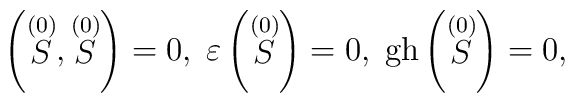
\left( \stackrel{(0)}{S},\stackrel{(0)}{S}\right) =0,\;\varepsilon \left( \stackrel{(0)}{S}\right) =0,\;\mathrm{gh}\left( \stackrel{(0)}{S}\right) =0,